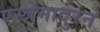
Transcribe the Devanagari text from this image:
एस्त्रेमादुरन